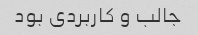
جالب و کاربردی بود